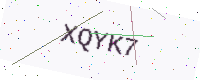
Text: XQYK7